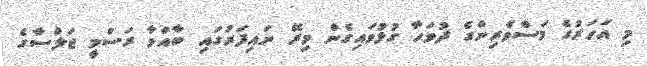
މި އަހަރުގެ މަސްވެރިންގެ ދުވަހާ ގުޅުވައިގެން މިރޭ ނައިފަރުގައި ބާއްވާ ރަސްމީ ޖަލްސާގެ